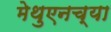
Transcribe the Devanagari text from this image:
मेथुएनच्या